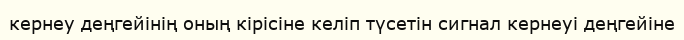
кернеу деңгейінің оның кірісіне келіп түсетін сигнал кернеуі деңгейіне